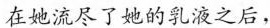
在她流尽了她的乳液之后，